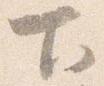
下